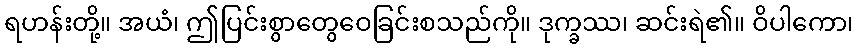
ရဟန်းတို့။ အယံ၊ ဤပြင်းစွာတွေဝေခြင်းစသည်ကို။ ဒုက္ခဿ၊ ဆင်းရဲ၏။ ဝိပါကော၊